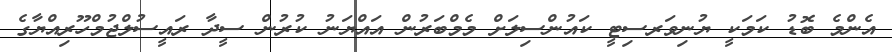
އެންމެ ބޮޑު ކަމަކީ ޔުނިވަރސިޓީ ކައުންސިލަށް މެމްބަރުން އައްޔަނު ކުރުން ސީދާ ރައީސުލްޖުމްހޫރިއްޔާގެ